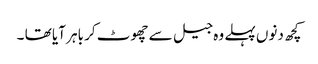
کچھ دنوں پہلے وہ جیل سے چھوٹ کر باہر آیا تھا ۔